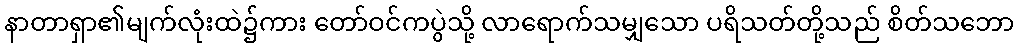
နာတာရှာ၏မျက်လုံးထဲ၌ကား တော်ဝင်ကပွဲသို့ လာရောက်သမျှသော ပရိသတ်တို့သည် စိတ်သဘော